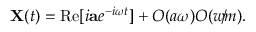
{ \bf X } ( t ) = \mathrm { R e } [ i { \bf a } e ^ { - i \omega t } ] + O ( a \omega ) O ( w \! / \! m ) .